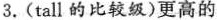
3.(tall的比较级)更高的